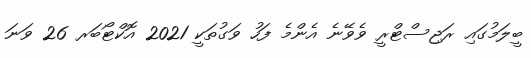
ބީލަމުގައި ރަޖިސްޓްރީ ވެވޭނެ އެންމެ ފަހު ވަގުތަކީ 2021 އޮކްޓޯބަރ 26 ވަނަ